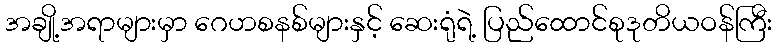
အချို့အရာများမှာ ဂေဟစနစ်များနှင့် ဆေးရုံရဲ့ ပြည်ထောင်စုဒုတိယဝန်ကြီး